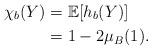
LaTeX: \begin{align*}\chi_b(Y)& = \mathbb{E}[h_b(Y)]\\& = 1 - 2 \mu_B(1).\end{align*}